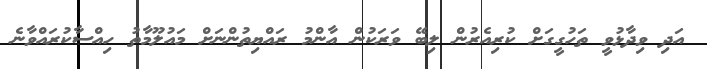
އަދި ވިދާޅުވީ ތަހުގީގަށް ކުރިއެރުން ލިބޭ ވަރަކުން އާންމު ރައްޔިތުންނަށް މައުލޫމާތު ހިއްސާކުރައްވާނެ